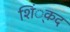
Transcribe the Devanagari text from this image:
शिं्कद